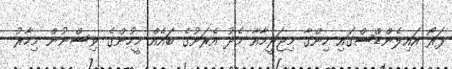
ފަރޯ އައިލެންޑްސްގައި ހިންގާ މިޖަރީމާއާ މެދު އެރަށުގެ ބައެއް މީހުންގެ ވިސްނުން މިހާރު